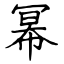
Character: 幂